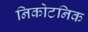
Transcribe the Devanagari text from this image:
निकोटनिक